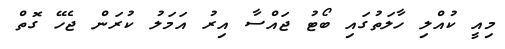
މިއީ ކުއްލި ހާލަތުގައި ބޯޓު ޖައްސާ އިރު އަމަލު ކުރަން ޖެހޭ ގޮތް